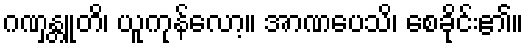
ဂဏှန္တူတိ၊ ယူကုန်လော့။ အာဏပေသိ၊ စေခိုင်း၏။